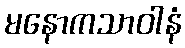
မနောကသာဝါနံ